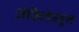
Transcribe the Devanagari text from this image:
ॲडिलेडहून